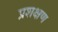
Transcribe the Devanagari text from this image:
प्रशक्षण